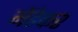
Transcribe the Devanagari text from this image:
मेंढेकर